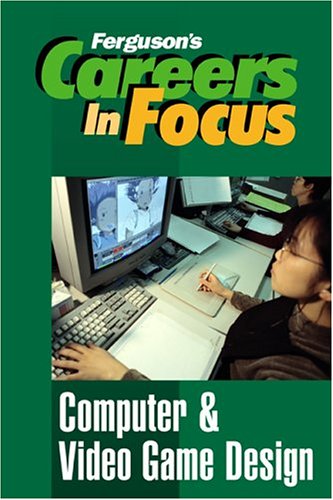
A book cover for Computer & Video Game Design (Ferguson's Careers in Focus); Inc Facts on File; Children's Books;